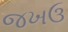
જખઉ